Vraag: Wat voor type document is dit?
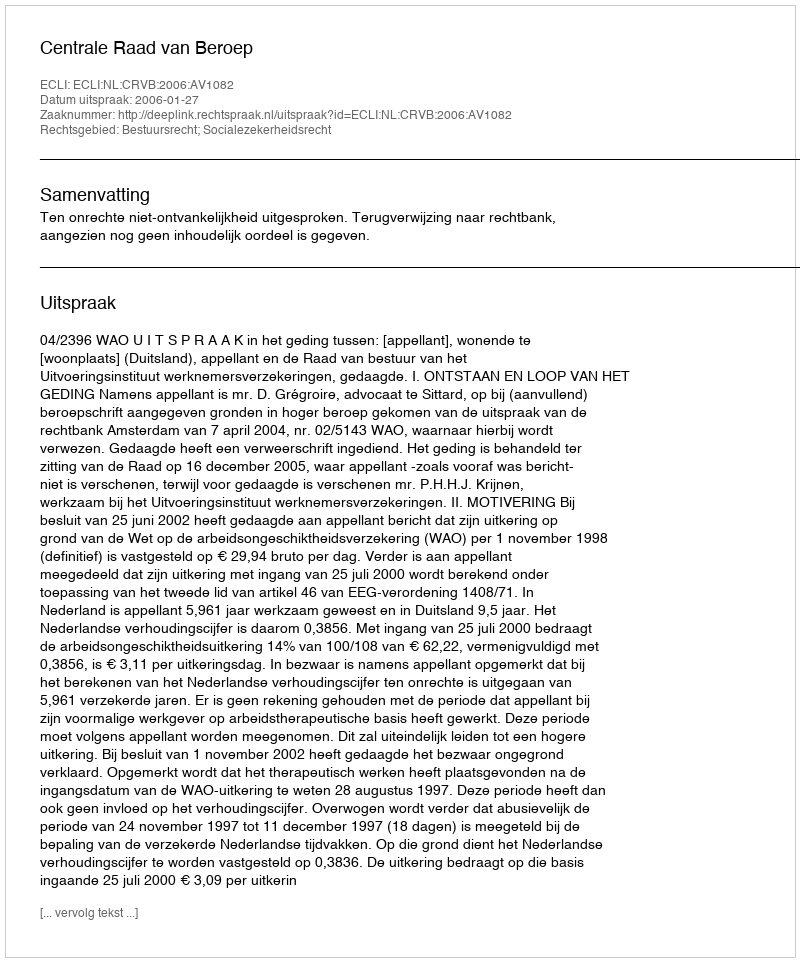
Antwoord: Uitspraak